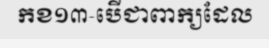
កខ១៣-បើជាពាក្យដែល